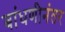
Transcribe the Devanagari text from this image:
बांधणीनंतर